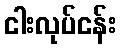
ငါးလုပ်ငန်း